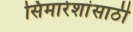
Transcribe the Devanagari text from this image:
सिमारेशांसाठी